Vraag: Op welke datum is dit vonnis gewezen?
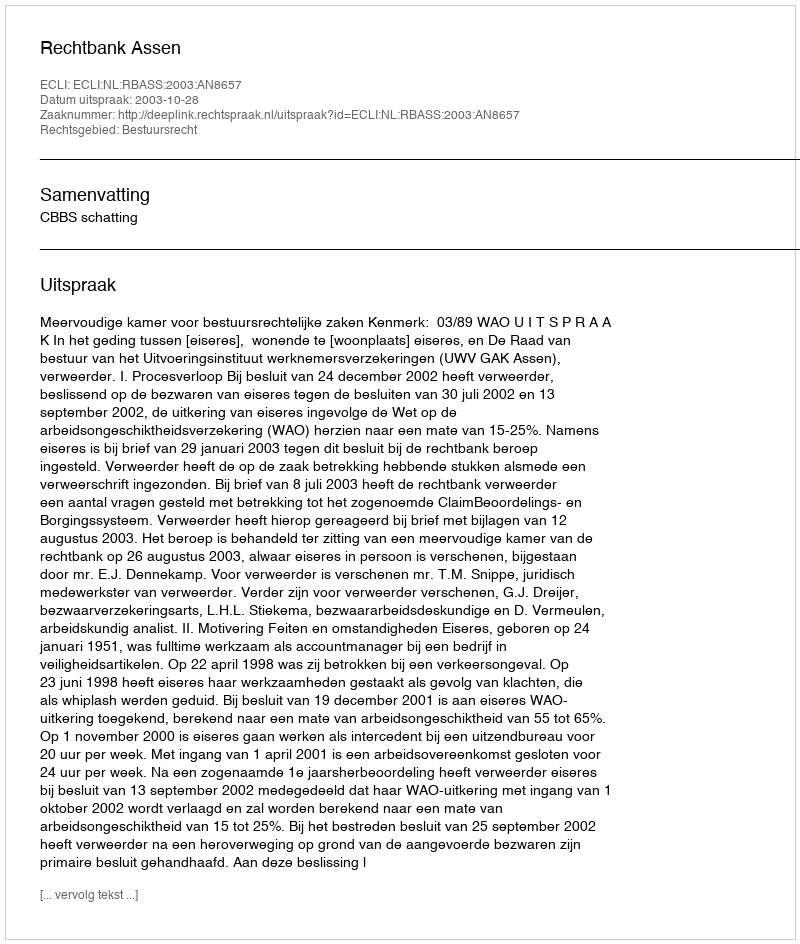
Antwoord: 2003-10-28